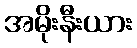
အမိုးနီးယား